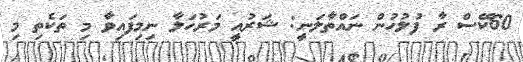
60ކޭސް ރާ ފުލުހުން ނައްތާލަނީ: ޝަރުއީ މަރުހަލާ ނިމިފައިވާ މި ތަކެތި މި